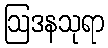
ဩဒနသုရာ